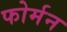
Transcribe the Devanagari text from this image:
फोर्मन